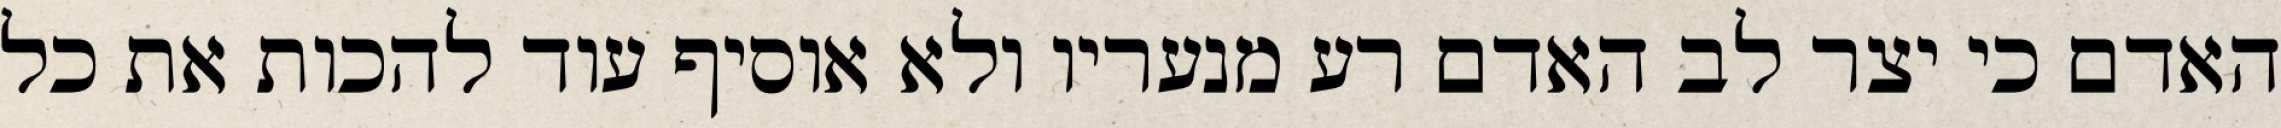
האדם כי יצר לב האדם רע מנעריו ולא אוסיף עוד להכות את כל